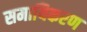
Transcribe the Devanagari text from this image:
समायिकरण